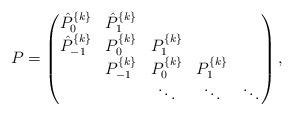
LaTeX: \begin{align*} P = \begin{pmatrix}\hat{P}^{\{k\}}_0 & \hat{P}^{\{k\}}_1 & & & \cr\hat{P}^{\{k\}}_{-1} & P^{\{k\}}_0 & P^{\{k\}}_1 & & \cr& P^{\{k\}}_{-1} & P^{\{k\}}_0 & P^{\{k\}}_1 & \cr& & \ddots & \ddots & \ddots \end{pmatrix}, \end{align*}